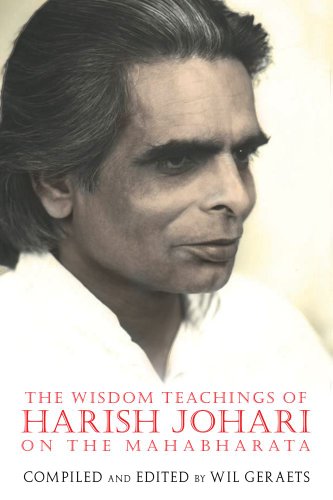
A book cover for The Wisdom Teachings of Harish Johari on the Mahabharata; Religion & Spirituality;